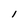
Character: l